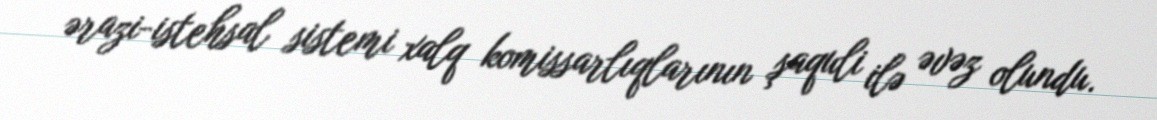
ərazi-istehsal sistemi xalq komissarlıqlarının şaquli ilə əvəz olundu.